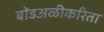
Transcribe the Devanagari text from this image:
बोंडअळीकरिता